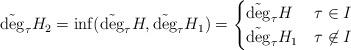
LaTeX: \begin{align*}\tilde \deg_\tau H_2 = \inf (\tilde \deg_\tau H, \tilde \deg_\tau H_1)&= \begin{cases} \tilde\deg_\tau H & \tau \in I\\\tilde\deg_\tau H_1 & \tau\not\in I\end{cases}\end{align*}